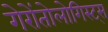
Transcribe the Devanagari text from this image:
गेरोंतोलोगिस्ट्स